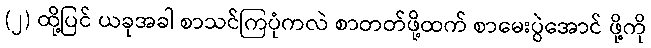
(၂) ထို့ပြင် ယခုအခါ စာသင်ကြပုံကလဲ စာတတ်ဖို့ထက် စာမေးပွဲအောင် ဖို့ကို